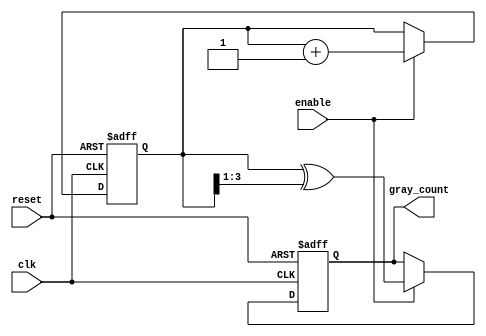
module gray_code_counter (
    input wire clk,         // Clock signal
    input wire reset,       // Asynchronous reset signal
    input wire enable,      // Enable signal
    output reg [N-1:0] gray_count // Gray code output
);
    
    parameter N = 4; // Number of bits for the counter (adjust as needed)
    
    reg [N-1:0] bin_count; // Binary counter

    // Gray code conversion function
    function [N-1:0] binary_to_gray;
        input [N-1:0] bin;
        begin
            binary_to_gray = bin ^ (bin >> 1);
        end
    endfunction

    // Asynchronous reset and counting on rising edge of clk
    always @(posedge clk or posedge reset) begin
        if (reset) begin
            bin_count <= 0;
            gray_count <= 0; // Reset gray_count to zero
        end else if (enable) begin
            bin_count <= bin_count + 1; // Increment binary counter
            gray_count <= binary_to_gray(bin_count); // Update Gray code output
        end
    end

endmodule